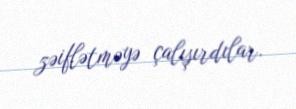
zəiflətməyə çalışırdılar.